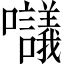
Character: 𡅷